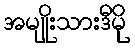
အမျိုးသားဒီမို